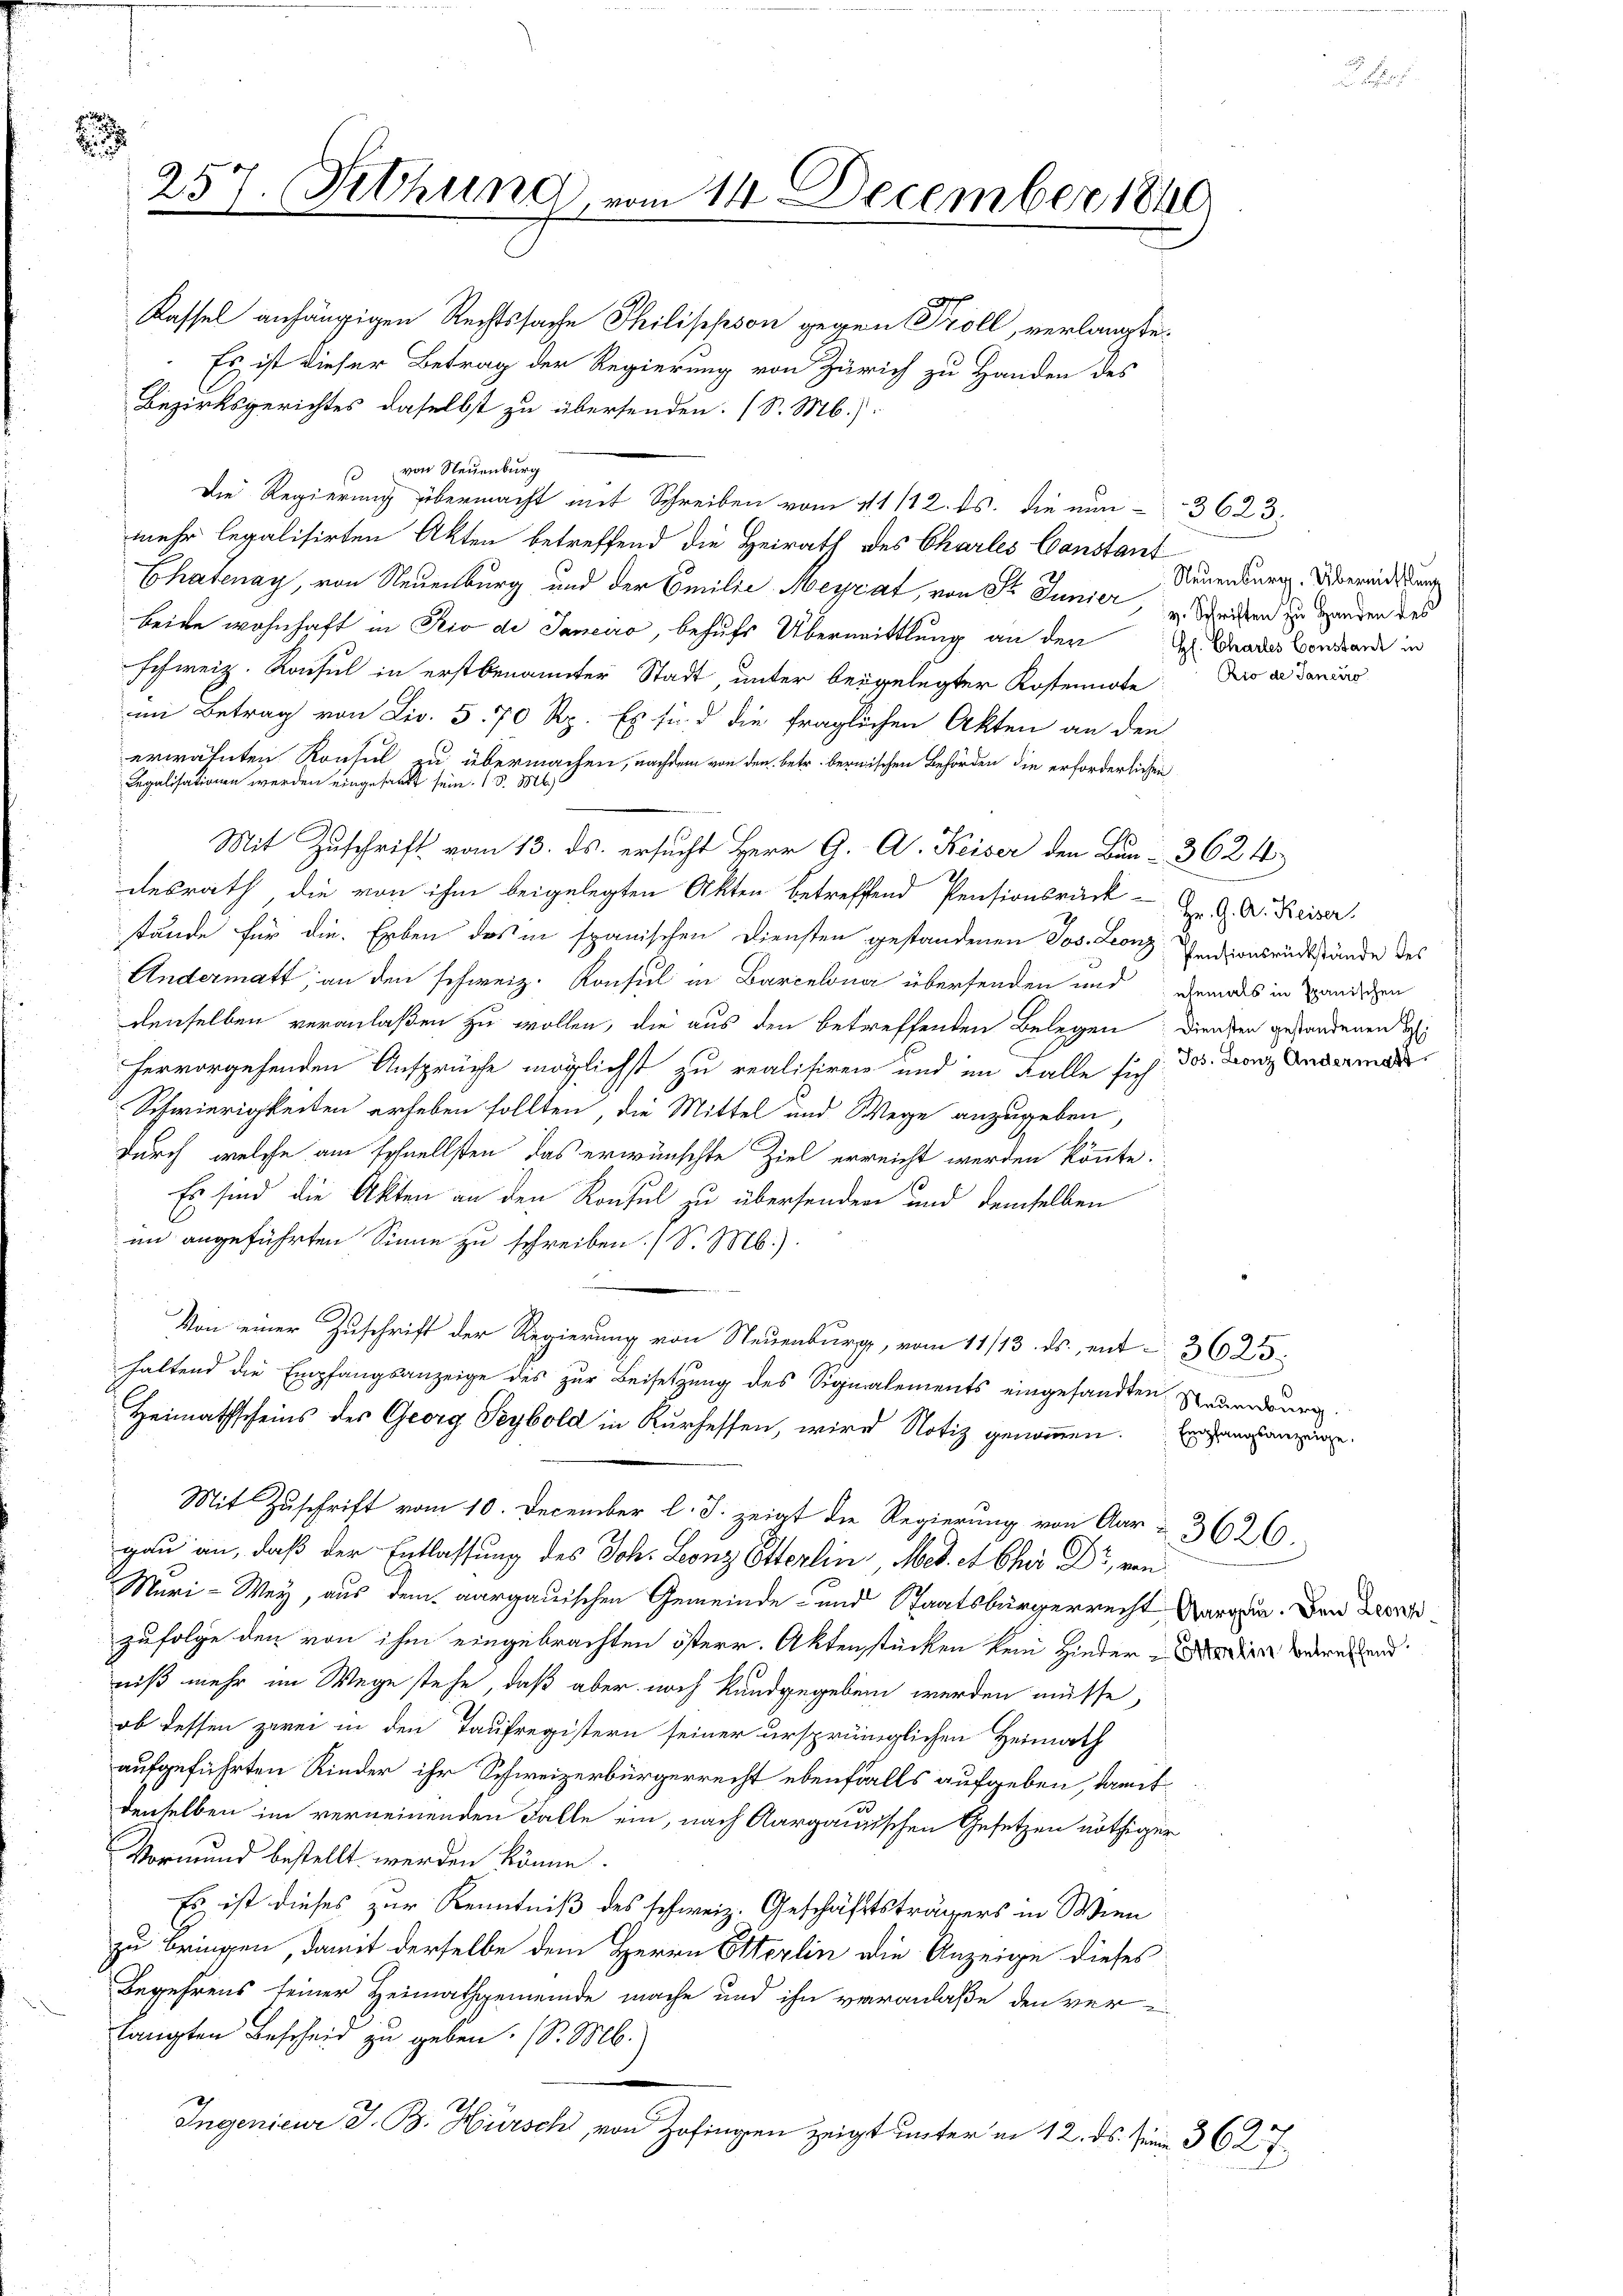
257. Setzung

Kassel anhängigen Rechtssache Philischson gegen Troll, verlangte
Es ist dieser Betrag der Regierung von Zürich zu Handen des
Bezirksgerichtes daselbst zu übersenden. (S. M.)
 von Neuenburg
Die Regierung übermacht mit Schreiben vom 1411/12. ds. die nun - 3623:
mehr legalisirten Akten betreffend die Heirath des Charles Constant
Chatenay, von Neuenburg und der Emilie Meyrat, von St. Junier u Streiben zu Handen des
beide wohnhaft in Rio de Janeiro, behufs Übermittlung an der
schweiz. Konsul in erstbenannter Stadt, unter beigelegter Kostennote
im Betrag von Liv. 5. 70 Rp. Es sind die fraglichen Akten an den
erwähnten Konsul zu übermachen, nachdem von den betr. bernischen Behörden die erforderlichen
Regalisationen werden eingesandt sein. (§ 88
Mit Zuschrift vom 13. ds. ersucht Herr G. A. Keiser den Bun-3624
desrath, die von ihm beigelegten Akten betreffend Pensionsrück- u. A. Keiser.
stände für die Erben des in spanischen Diensten gestandenen Jos. Leonz Senionsrückstände des
Andermatt, an den schweiz. Konsul in Barcelona übersenden und damals in Landischen
denselben veranlaßen zu wollen, die aus den betreffenden Belegen Diensten gestandenen Bei
hervorgehenden Ansprüche möglichst zu realisiren und im Falle sich: Jos. Leonz Andermar
Schwierigkeiten erheben sollten, die Mittel und Wege anzugeben,
durch, welche am schnellsten das erwünschte Ziel erreicht werden könnte.
Es sind die Akten an den Konsul zu übersenden und demselben
im angeführten Sinne zu schreiben. (S. M.).
Von einer Zuschrift der Regierung von Neuenburg, vom 11/13. ds., ent- 3623.
haltend die Empfangsanzeige des zur Beisetzung des Signalements eingesandten Neuenburg
Heimathscheins des Georg Seybold in Kurhessen, wird Notiz genommen. Eingang anzuge
Mit Zuschrift vom 10. December l. J. zeigt die Regierung von Aar - 3626.
gau an, daß der Entlassung des Joh. Leonz Etterlin Med. et Chor Dr. von
Muri-Wey, aus dem aargauischen Gemeinde- und Staatsbürgerrecht vorgen. Den Zerzufolge den von ihm eingebrachten österr. Aktenstücken kein Hinderen waren und
niß mehr im Wege stehe, daß aber noch kundgegeben werden müsse,
ob dessen zwei in den Taufregistern seiner ursprünglichen Heimath
aufgeführten Kinder ihr Schweizerbürgerrecht ebenfalls aufgeben, damitdenselben im verneinenden Falle ein, nach Aargauischen Gesetzen nöthiger
Vormund bestellt werden könne.
Es ist dieses zur Kenntniß des schweiz. Geschäftsträgers in Wien
zu bringen, damit derselbe dem Herrn Sterlin die Anzeige dieses
Begehrens seiner Heimathgemeinde mache und ihn veranlaße den ver
langten Bescheid zu geben. (S. M.
¬
Ingenieur J. B. Hürsch von Zofingen zeigt unter in 12. ds. seine 362 7

14 December 1840.

Neuenburg. Übermittlung
H. Chartes Constanz in
Rio de Janeiro